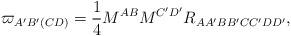
LaTeX: \begin{align*}\varpi _{A^{\prime }B^{\prime }(CD)}=\frac{1}{4}M^{AB}M^{C^{\prime}D^{\prime }}R_{AA^{\prime }BB^{\prime }CC^{\prime }DD^{\prime }},\end{align*}